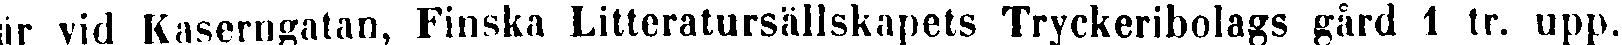
är vid Kaserngatan, Finska Litteratursällskapets Tryckeribolags gård 1 tr. upp.